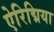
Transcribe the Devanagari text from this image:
ऐरिद्मिया